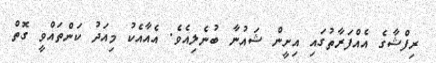
ރިފްޝާގެ އެއްފަރާތުގައި އިށީން ޝައުނާ ބުނެލިއެވެ. އެއާއެކު މިއަދު ކަންތައްވީ ގޮތް